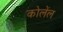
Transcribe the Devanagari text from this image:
कोलेंल